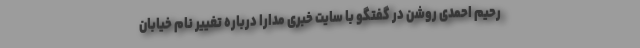
رحیم احمدی روشن در گفتگو با سایت خبری مدارا درباره تغییر نام خیابان